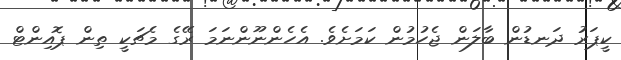
ކީޕަރު ދަނޑުން ބާލަން ޖެހުމުން ކަމަށެވެ. އެހެންނޫންނަމަ ރޭގެ މެޗަކީ ތިން ޕޮއިންޓް